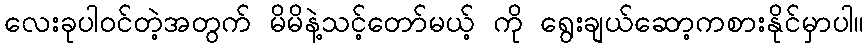
လေးခုပါဝင်တဲ့အတွက် မိမိနဲ့သင့်တော်မယ့် ကို ရွေးချယ်ဆော့ကစားနိုင်မှာပါ။